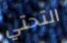
التحتي